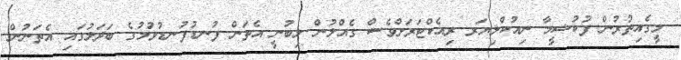
މީގެއިތުރުން ފުކުޝީމާ ނިއުކްލިޔަރ ރިއެކްޓަރަށްވެސް ގެއްލުން ލިބުނީ އެތަން ފުނޑުފުނޑުވުމުގެ ބަދަލުގައި އެތަނުން